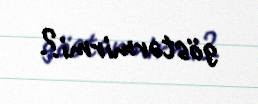
göstərmirmi?.